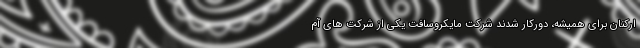
ارکنان برای همیشه، دورکار شدند شرکت مایکروسافت یکی از شرکت های آم